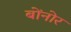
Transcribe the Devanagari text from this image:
बोंनोर